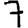
Digit: 7